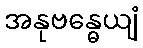
အနုဗန္ဓေယျံ